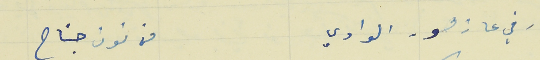
رفي عا زهور الوادي                                                    من فوق جناح